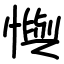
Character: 懙